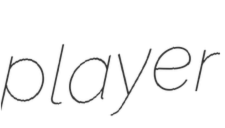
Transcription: player